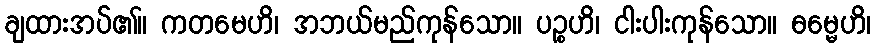
ချထားအပ်၏။ ကတမေဟိ၊ အဘယ်မည်ကုန်သော။ ပဉ္စဟိ၊ ငါးပါးကုန်သော။ ဓမ္မေဟိ၊